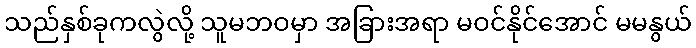
သည်နှစ်ခုကလွဲလို့ သူမဘဝမှာ အခြားအရာ မဝင်နိုင်အောင် မမနွယ်